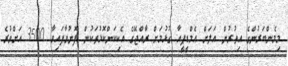
މިމެންބަރުންގެ އިތުރުން އަލަށް އެމްޑީޕީއާ ގުޅުމަށް ރާއްޖޭގެ އެކިކަންކޮޅުތަކުން ފޮނުވާފައިވާ 3500 އަށްވުރެ